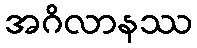
အဂိလာနဿ